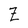
Character: Z